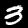
Digit: 3